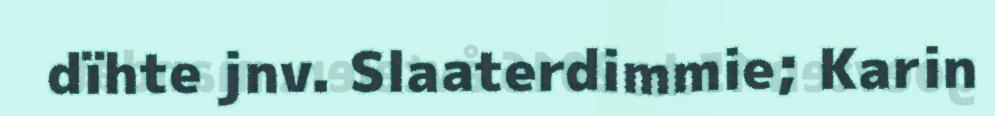
dïhte jnv. Slaaterdimmie; Karin